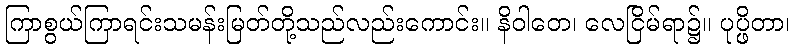
ကြာစွယ်ကြာရင်းသမန်းမြတ်တို့သည်လည်းကောင်း။ နိဝါတေ၊ လေငြိမ်ရာ၌။ ပုပ္ဖိတာ၊